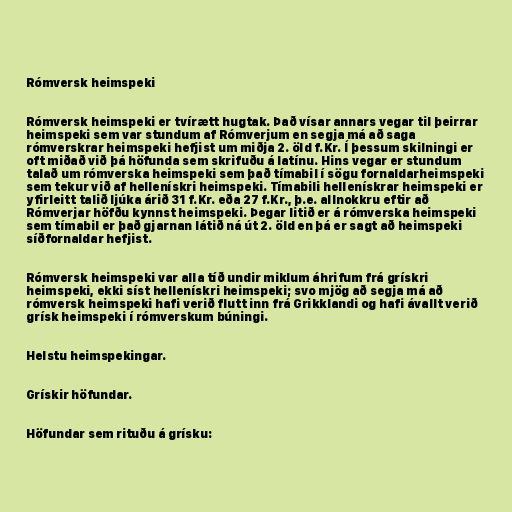
Rómversk heimspeki

Rómversk heimspeki er tvírætt hugtak. Það vísar annars vegar til þeirrar
heimspeki sem var stundum af Rómverjum en segja má að saga
rómverskrar heimspeki hefjist um miðja 2. öld f.Kr. Í þessum skilningi er
oft miðað við þá höfunda sem skrifuðu á latínu. Hins vegar er stundum
talað um rómverska heimspeki sem það tímabil í sögu fornaldarheimspeki
sem tekur við af hellenískri heimspeki. Tímabili hellenískrar heimspeki er
yfirleitt talið ljúka árið 31 f.Kr. eða 27 f.Kr., þ.e. allnokkru eftir að
Rómverjar höfðu kynnst heimspeki. Þegar litið er á rómverska heimspeki
sem tímabil er það gjarnan látið ná út 2. öld en þá er sagt að heimspeki
síðfornaldar hefjist.

Rómversk heimspeki var alla tíð undir miklum áhrifum frá grískri
heimspeki, ekki síst hellenískri heimspeki; svo mjög að segja má að
rómversk heimspeki hafi verið flutt inn frá Grikklandi og hafi ávallt verið
grísk heimspeki í rómverskum búningi.

Helstu heimspekingar.

Grískir höfundar.

Höfundar sem rituðu á grísku: